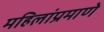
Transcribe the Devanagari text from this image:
महिलांप्रमाणे